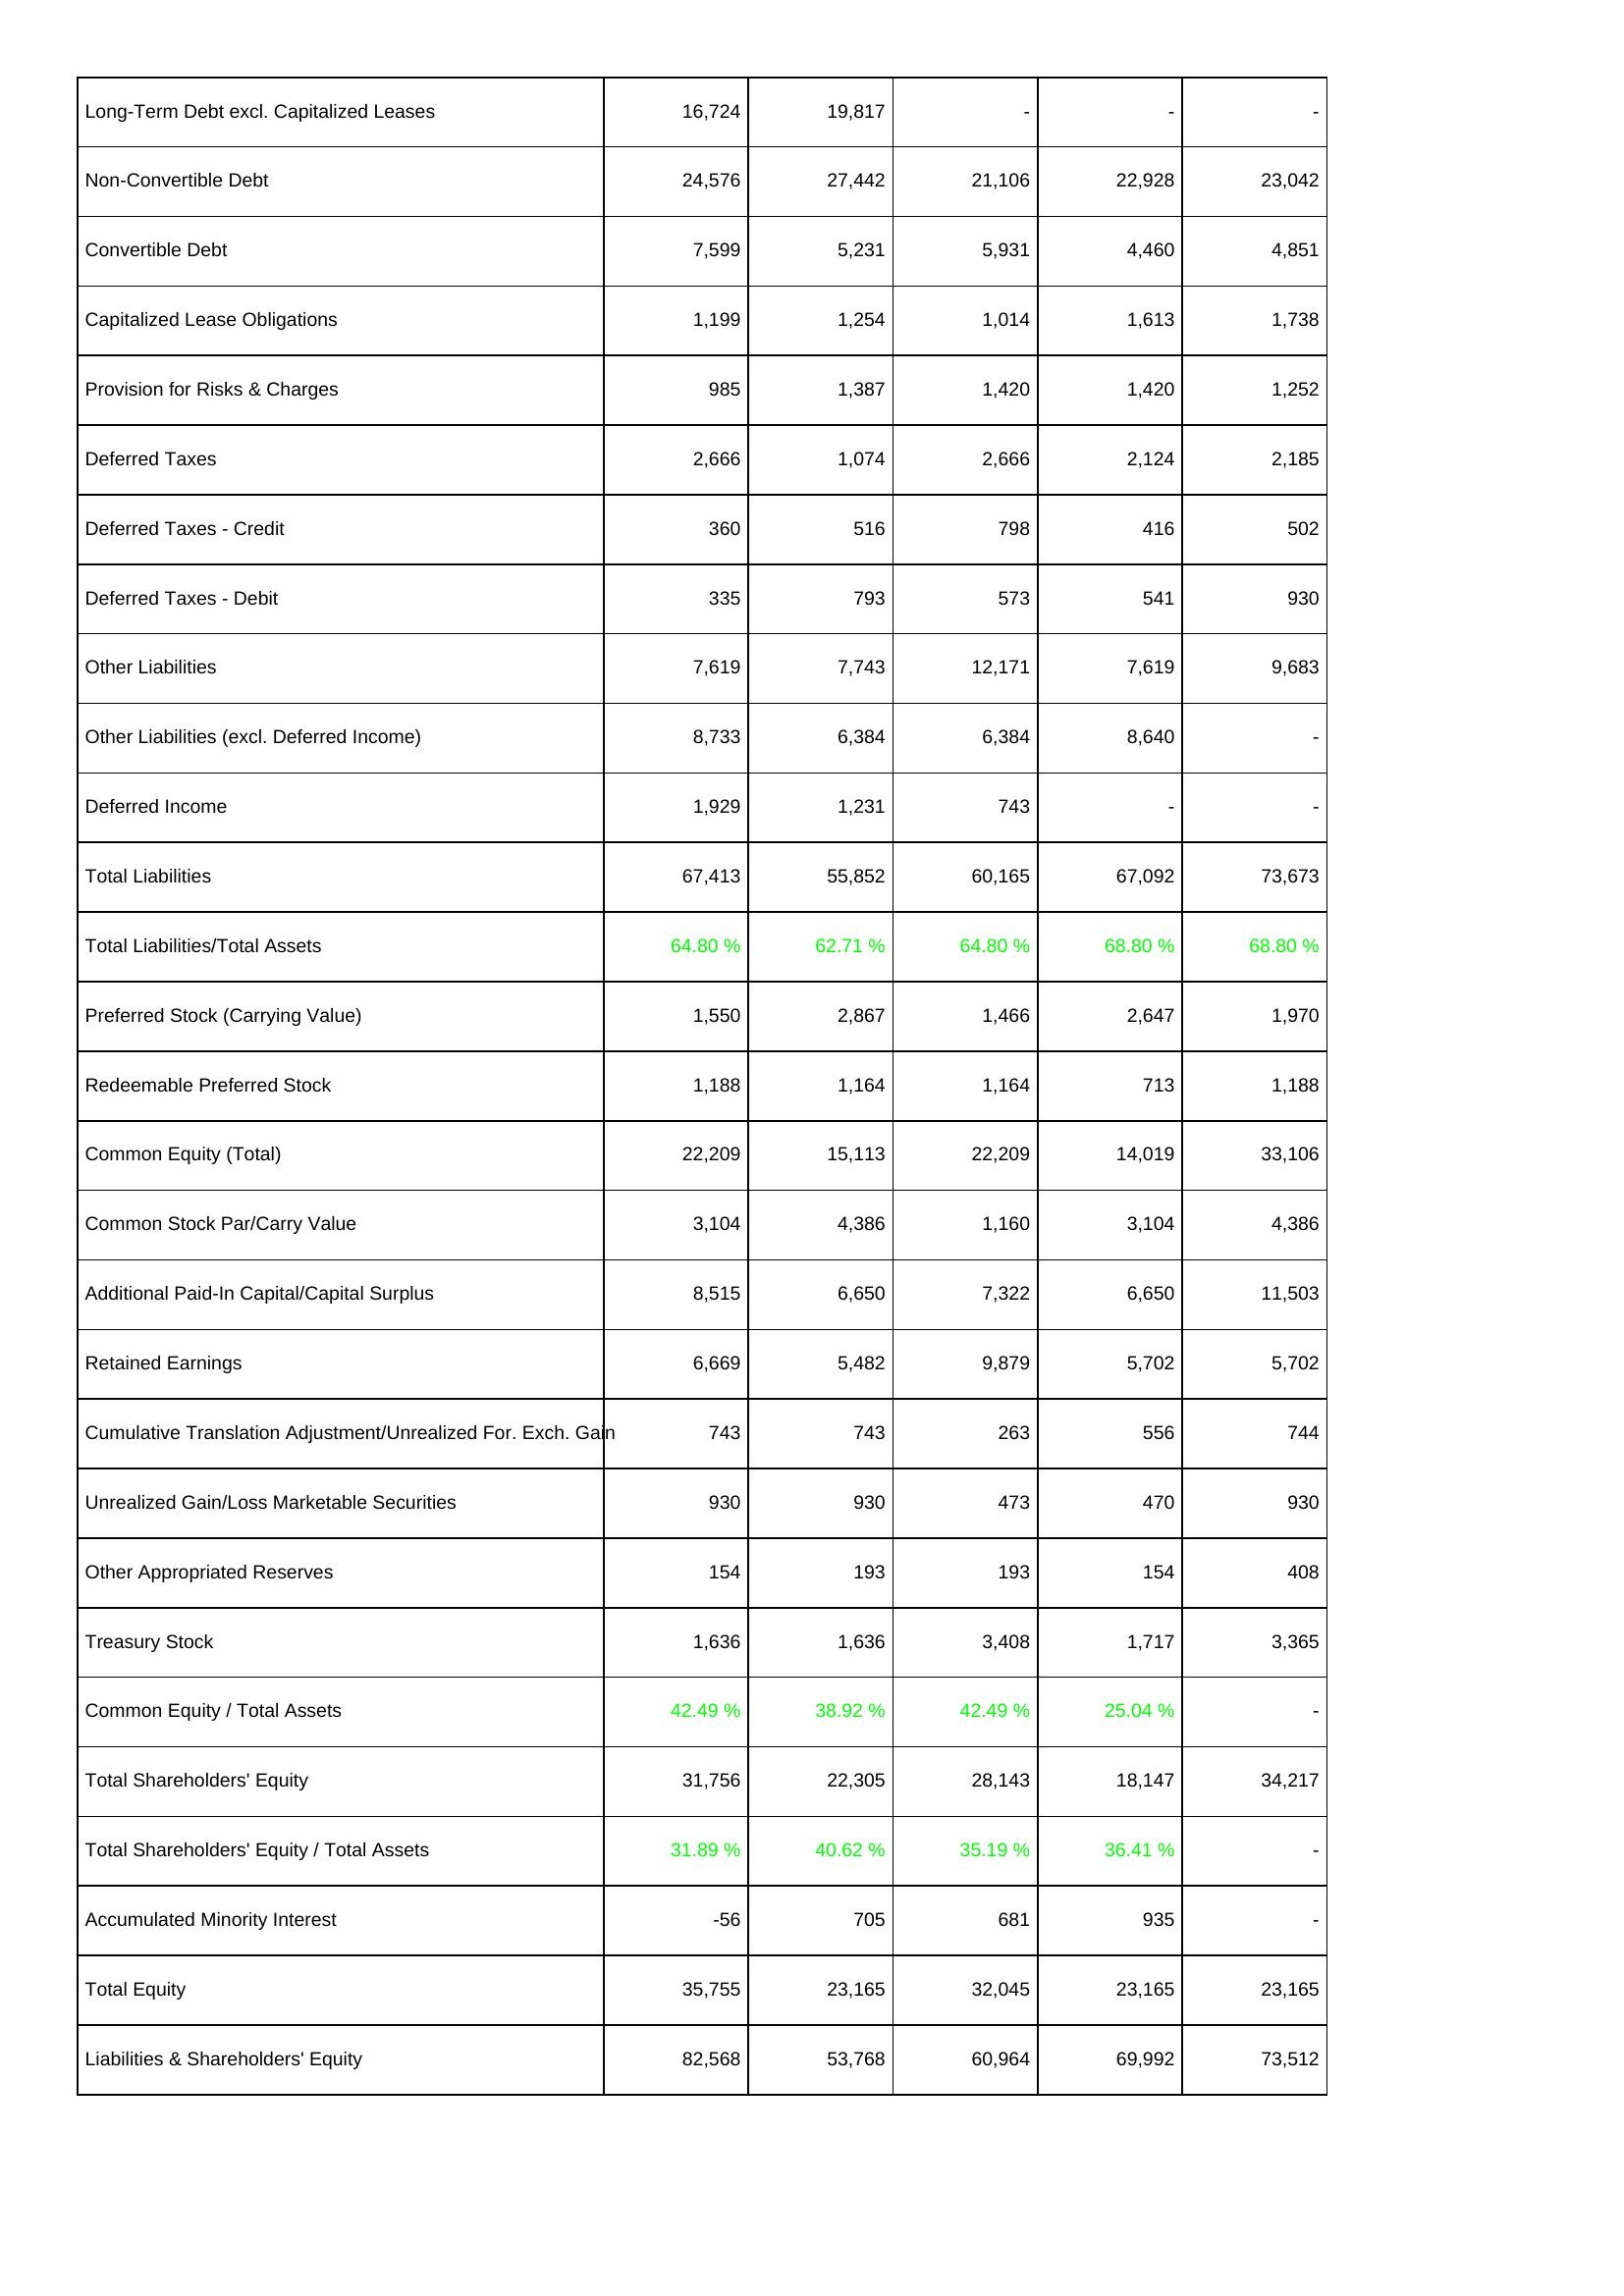
2014: Liabilities & Shareholders' Equity: Long-Term Debt excl. Capitalized Leases: 16,724
Non-Convertible Debt: 24,576
Convertible Debt: 7,599
Capitalized Lease Obligations: 1,199
Provision for Risks & Charges: 985
Deferred Taxes: 2,666
Deferred Taxes - Credit: 360
Deferred Taxes - Debit: 335
Other Liabilities: 7,619
Other Liabilities (excl. Deferred Income): 8,733
Deferred Income: 1,929
Total Liabilities: 67,413
Total Liabilities/Total Assets: 64.80 %
Preferred Stock (Carrying Value): 1,550
Redeemable Preferred Stock: 1,188
Common Equity (Total): 22,209
Common Stock Par/Carry Value: 3,104
Additional Paid-In Capital/Capital Surplus: 8,515
Retained Earnings: 6,669
Cumulative Translation Adjustment/Unrealized For. Exch. Gain: 743
Unrealized Gain/Loss Marketable Securities: 930
Other Appropriated Reserves: 154
Treasury Stock: 1,636
Common Equity / Total Assets: 42.49 %
Total Shareholders' Equity: 31,756
Total Shareholders' Equity / Total Assets: 31.89 %
Accumulated Minority Interest: -56
Total Equity: 35,755
Liabilities & Shareholders' Equity: 82,568
2015: Liabilities & Shareholders' Equity: Long-Term Debt excl. Capitalized Leases: 19,817
Non-Convertible Debt: 27,442
Convertible Debt: 5,231
Capitalized Lease Obligations: 1,254
Provision for Risks & Charges: 1,387
Deferred Taxes: 1,074
Deferred Taxes - Credit: 516
Deferred Taxes - Debit: 793
Other Liabilities: 7,743
Other Liabilities (excl. Deferred Income): 6,384
Deferred Income: 1,231
Total Liabilities: 55,852
Total Liabilities/Total Assets: 62.71 %
Preferred Stock (Carrying Value): 2,867
Redeemable Preferred Stock: 1,164
Common Equity (Total): 15,113
Common Stock Par/Carry Value: 4,386
Additional Paid-In Capital/Capital Surplus: 6,650
Retained Earnings: 5,482
Cumulative Translation Adjustment/Unrealized For. Exch. Gain: 743
Unrealized Gain/Loss Marketable Securities: 930
Other Appropriated Reserves: 193
Treasury Stock: 1,636
Common Equity / Total Assets: 38.92 %
Total Shareholders' Equity: 22,305
Total Shareholders' Equity / Total Assets: 40.62 %
Accumulated Minority Interest: 705
Total Equity: 23,165
Liabilities & Shareholders' Equity: 53,768
2016: Liabilities & Shareholders' Equity: Long-Term Debt excl. Capitalized Leases: -
Non-Convertible Debt: 21,106
Convertible Debt: 5,931
Capitalized Lease Obligations: 1,014
Provision for Risks & Charges: 1,420
Deferred Taxes: 2,666
Deferred Taxes - Credit: 798
Deferred Taxes - Debit: 573
Other Liabilities: 12,171
Other Liabilities (excl. Deferred Income): 6,384
Deferred Income: 743
Total Liabilities: 60,165
Total Liabilities/Total Assets: 64.80 %
Preferred Stock (Carrying Value): 1,466
Redeemable Preferred Stock: 1,164
Common Equity (Total): 22,209
Common Stock Par/Carry Value: 1,160
Additional Paid-In Capital/Capital Surplus: 7,322
Retained Earnings: 9,879
Cumulative Translation Adjustment/Unrealized For. Exch. Gain: 263
Unrealized Gain/Loss Marketable Securities: 473
Other Appropriated Reserves: 193
Treasury Stock: 3,408
Common Equity / Total Assets: 42.49 %
Total Shareholders' Equity: 28,143
Total Shareholders' Equity / Total Assets: 35.19 %
Accumulated Minority Interest: 681
Total Equity: 32,045
Liabilities & Shareholders' Equity: 60,964
2017: Liabilities & Shareholders' Equity: Long-Term Debt excl. Capitalized Leases: -
Non-Convertible Debt: 22,928
Convertible Debt: 4,460
Capitalized Lease Obligations: 1,613
Provision for Risks & Charges: 1,420
Deferred Taxes: 2,124
Deferred Taxes - Credit: 416
Deferred Taxes - Debit: 541
Other Liabilities: 7,619
Other Liabilities (excl. Deferred Income): 8,640
Deferred Income: -
Total Liabilities: 67,092
Total Liabilities/Total Assets: 68.80 %
Preferred Stock (Carrying Value): 2,647
Redeemable Preferred Stock: 713
Common Equity (Total): 14,019
Common Stock Par/Carry Value: 3,104
Additional Paid-In Capital/Capital Surplus: 6,650
Retained Earnings: 5,702
Cumulative Translation Adjustment/Unrealized For. Exch. Gain: 556
Unrealized Gain/Loss Marketable Securities: 470
Other Appropriated Reserves: 154
Treasury Stock: 1,717
Common Equity / Total Assets: 25.04 %
Total Shareholders' Equity: 18,147
Total Shareholders' Equity / Total Assets: 36.41 %
Accumulated Minority Interest: 935
Total Equity: 23,165
Liabilities & Shareholders' Equity: 69,992
2018: Liabilities & Shareholders' Equity: Long-Term Debt excl. Capitalized Leases: -
Non-Convertible Debt: 23,042
Convertible Debt: 4,851
Capitalized Lease Obligations: 1,738
Provision for Risks & Charges: 1,252
Deferred Taxes: 2,185
Deferred Taxes - Credit: 502
Deferred Taxes - Debit: 930
Other Liabilities: 9,683
Other Liabilities (excl. Deferred Income): -
Deferred Income: -
Total Liabilities: 73,673
Total Liabilities/Total Assets: 68.80 %
Preferred Stock (Carrying Value): 1,970
Redeemable Preferred Stock: 1,188
Common Equity (Total): 33,106
Common Stock Par/Carry Value: 4,386
Additional Paid-In Capital/Capital Surplus: 11,503
Retained Earnings: 5,702
Cumulative Translation Adjustment/Unrealized For. Exch. Gain: 744
Unrealized Gain/Loss Marketable Securities: 930
Other Appropriated Reserves: 408
Treasury Stock: 3,365
Common Equity / Total Assets: -
Total Shareholders' Equity: 34,217
Total Shareholders' Equity / Total Assets: -
Accumulated Minority Interest: -
Total Equity: 23,165
Liabilities & Shareholders' Equity: 73,512